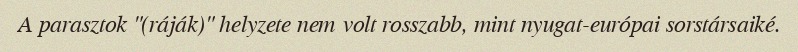
A parasztok "(ráják)" helyzete nem volt rosszabb, mint nyugat-európai sorstársaiké.